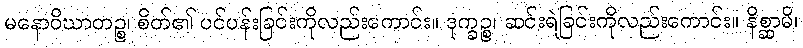
မနောဝိဃာတဉ္စ၊ စိတ်၏ ပင်ပန်းခြင်းကိုလည်းကောင်း။ ဒုက္ခဉ္စ၊ ဆင်းရဲခြင်းကိုလည်းကောင်း။ နိစ္ဆာမိ၊